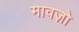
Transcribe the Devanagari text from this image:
मावज़ो